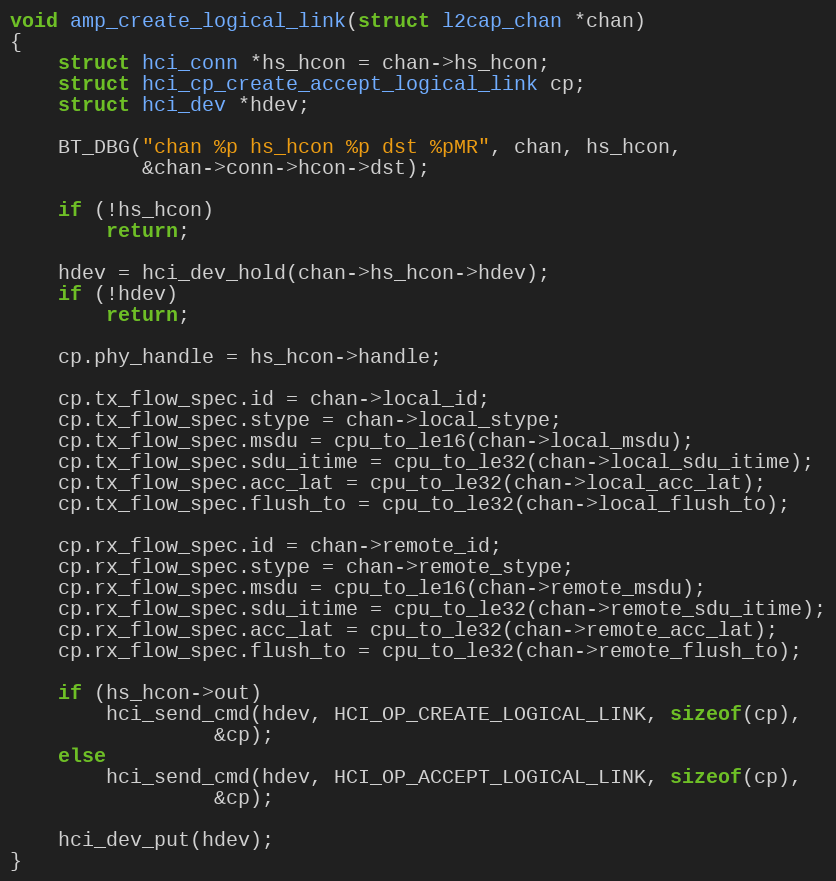
Language: C
void amp_create_logical_link(struct l2cap_chan *chan)
{
	struct hci_conn *hs_hcon = chan->hs_hcon;
	struct hci_cp_create_accept_logical_link cp;
	struct hci_dev *hdev;

	BT_DBG("chan %p hs_hcon %p dst %pMR", chan, hs_hcon,
	       &chan->conn->hcon->dst);

	if (!hs_hcon)
		return;

	hdev = hci_dev_hold(chan->hs_hcon->hdev);
	if (!hdev)
		return;

	cp.phy_handle = hs_hcon->handle;

	cp.tx_flow_spec.id = chan->local_id;
	cp.tx_flow_spec.stype = chan->local_stype;
	cp.tx_flow_spec.msdu = cpu_to_le16(chan->local_msdu);
	cp.tx_flow_spec.sdu_itime = cpu_to_le32(chan->local_sdu_itime);
	cp.tx_flow_spec.acc_lat = cpu_to_le32(chan->local_acc_lat);
	cp.tx_flow_spec.flush_to = cpu_to_le32(chan->local_flush_to);

	cp.rx_flow_spec.id = chan->remote_id;
	cp.rx_flow_spec.stype = chan->remote_stype;
	cp.rx_flow_spec.msdu = cpu_to_le16(chan->remote_msdu);
	cp.rx_flow_spec.sdu_itime = cpu_to_le32(chan->remote_sdu_itime);
	cp.rx_flow_spec.acc_lat = cpu_to_le32(chan->remote_acc_lat);
	cp.rx_flow_spec.flush_to = cpu_to_le32(chan->remote_flush_to);

	if (hs_hcon->out)
		hci_send_cmd(hdev, HCI_OP_CREATE_LOGICAL_LINK, sizeof(cp),
			     &cp);
	else
		hci_send_cmd(hdev, HCI_OP_ACCEPT_LOGICAL_LINK, sizeof(cp),
			     &cp);

	hci_dev_put(hdev);
}